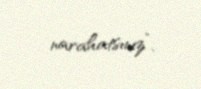
narahatsınız”.